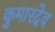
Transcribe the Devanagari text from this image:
कुमारदेव